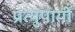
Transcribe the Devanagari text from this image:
प्रत्युपायी